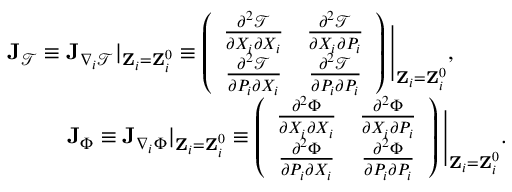
\begin{array} { r l r } & { } & { { \bf J } _ { \mathcal { T } } \equiv { \bf J } _ { \nabla _ { i } \mathcal { T } } | _ { { \bf Z } _ { i } = { \bf Z } _ { i } ^ { 0 } } \equiv \left( \begin{array} { c c } { \frac { \partial ^ { 2 } \mathcal { T } } { \partial X _ { i } \partial X _ { i } } } & { \frac { \partial ^ { 2 } \mathcal { T } } { \partial X _ { i } \partial P _ { i } } } \\ { \frac { \partial ^ { 2 } \mathcal { T } } { \partial P _ { i } \partial X _ { i } } } & { \frac { \partial ^ { 2 } \mathcal { T } } { \partial P _ { i } \partial P _ { i } } } \end{array} \right) \Bigg \vert _ { { \bf Z } _ { i } = { \bf Z } _ { i } ^ { 0 } } , \ \ \ \ \ \ \ } \\ & { } & { { \bf J } _ { \Phi } \equiv { \bf J } _ { \nabla _ { i } \Phi } | _ { { \bf Z } _ { i } = { \bf Z } _ { i } ^ { 0 } } \equiv \left( \begin{array} { c c } { \frac { \partial ^ { 2 } \Phi } { \partial X _ { i } \partial X _ { i } } } & { \frac { \partial ^ { 2 } \Phi } { \partial X _ { i } \partial P _ { i } } } \\ { \frac { \partial ^ { 2 } \Phi } { \partial P _ { i } \partial X _ { i } } } & { \frac { \partial ^ { 2 } \Phi } { \partial P _ { i } \partial P _ { i } } } \end{array} \right) \Bigg \vert _ { { \bf Z } _ { i } = { \bf Z } _ { i } ^ { 0 } } . } \end{array}